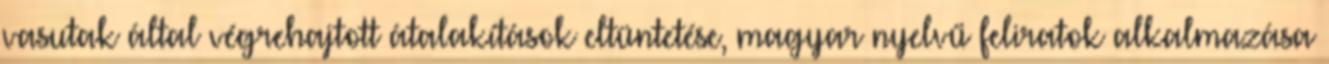
vasutak által végrehajtott átalakítások eltüntetése, magyar nyelvű feliratok alkalmazása